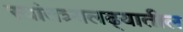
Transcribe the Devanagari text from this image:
स्वांतत्र्यलढ्यातील